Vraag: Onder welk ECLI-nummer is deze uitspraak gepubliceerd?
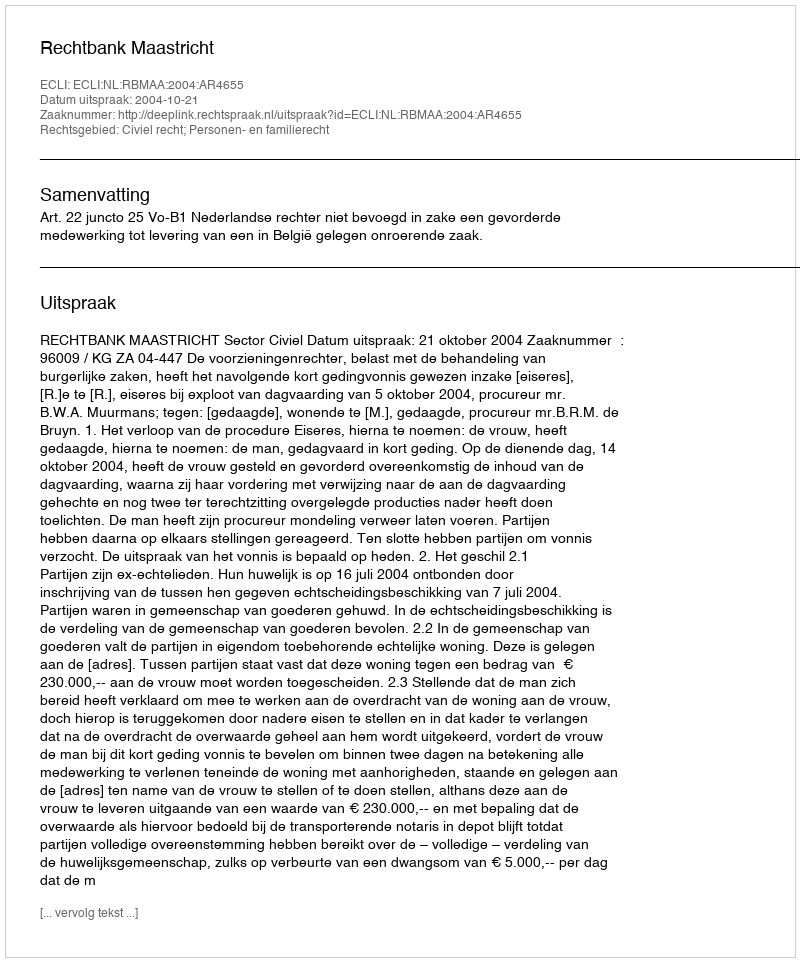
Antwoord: ECLI:NL:RBMAA:2004:AR4655